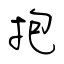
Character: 抱